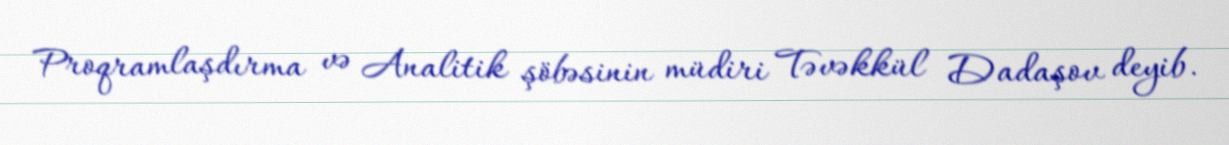
Proqramlaşdırma və Analitik şöbəsinin müdiri Təvəkkül Dadaşov deyib.